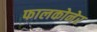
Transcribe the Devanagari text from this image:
फालकोनेर